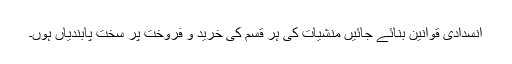
انسدادی قوانین بنائے جائیں منشیات کی ہر قسم کی خرید و فروخت پر سخت پابندیاں ہوں۔